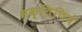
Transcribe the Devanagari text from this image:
भक्तिचिये